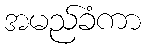
အမည်ခံကာ